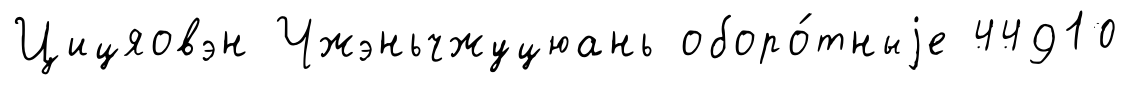
Цицяовэн Чжэньчжуцюань оборо́тныjе 44910